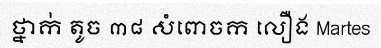
ថ្នាក់ តូច ៣៨ សំពោចក លឿង Martes